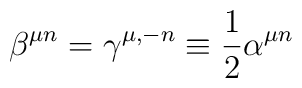
\beta ^{\mu n}=\gamma ^{\mu ,-n}\equiv \frac{1}{2}\alpha ^{\mu n}